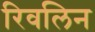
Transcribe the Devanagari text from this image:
रिवलिन